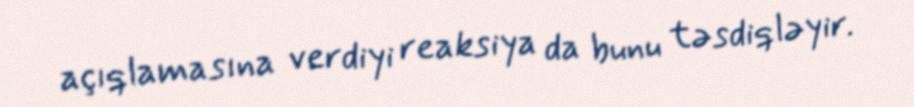
açıqlamasına verdiyi reaksiya da bunu təsdiqləyir.